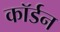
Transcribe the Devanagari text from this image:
कॉर्डन